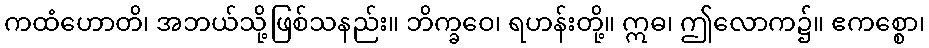
ကထံဟောတိ၊ အဘယ်သို့ဖြစ်သနည်း။ ဘိက္ခဝေ၊ ရဟန်းတို့။ ဣဓ၊ ဤလောက၌။ ဧကစ္စော၊